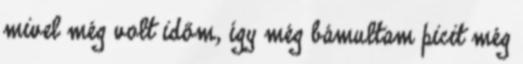
mivel még volt időm, így még bámultam picit még